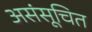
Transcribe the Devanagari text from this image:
असंसूचित